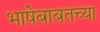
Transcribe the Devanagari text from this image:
भाषेबाबतच्या